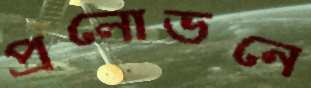
প্রলোভনে